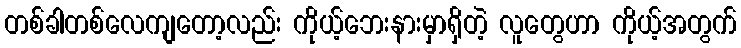
တစ်ခါတစ်လေကျတော့လည်း ကိုယ့်ဘေးနားမှာရှိတဲ့ လူတွေဟာ ကိုယ့်အတွက်